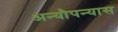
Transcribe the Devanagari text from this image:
अन्यौपन्यास